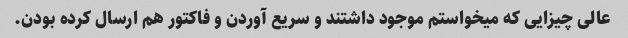
عالی چیزایی که میخواستم موجود داشتند و سریع آوردن و فاکتور هم ارسال کرده بودن.